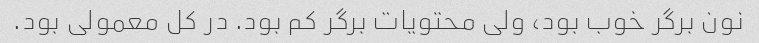
نون برگر خوب بود، ولی محتویات برگر کم بود. در کل معمولی بود.